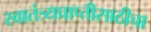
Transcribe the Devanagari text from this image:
स्वातंत्र्यप्राप्तीसाठीचा